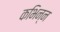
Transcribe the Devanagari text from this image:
कभिन्न